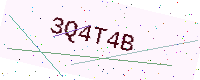
Text: 3Q4T4B